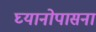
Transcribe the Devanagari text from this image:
घ्यानोपासना